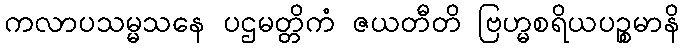
ကလာပသမ္မသနေ ပဌမတ္တိကံ ဇယတီတိ ဗြဟ္မစရိယပဉ္စမာနိ